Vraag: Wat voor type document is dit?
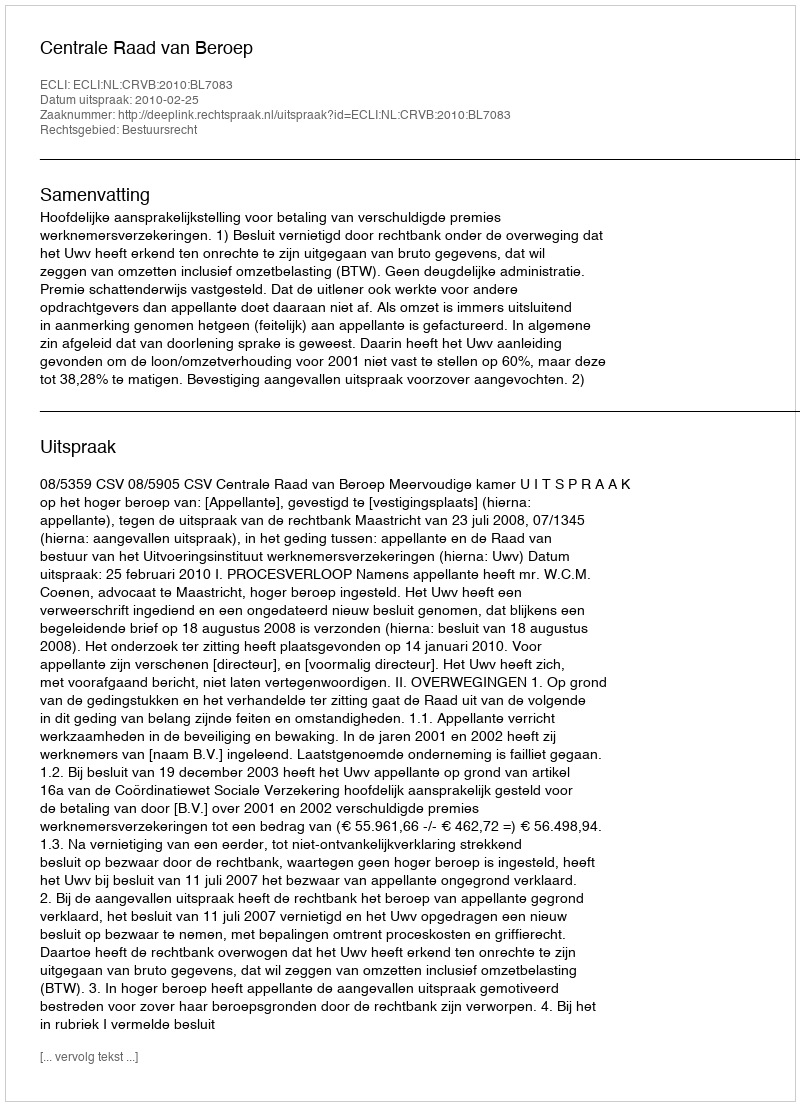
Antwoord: Uitspraak